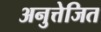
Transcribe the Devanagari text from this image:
अनुत्तेजित